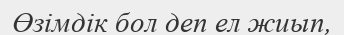
Өзімдік бол деп ел жиып,